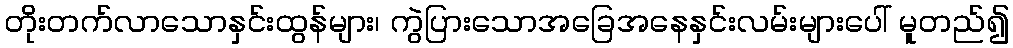
တိုးတက်လာသောနှင်းထွန်များ၊ ကွဲပြားသောအခြေအနေနှင်းလမ်းများပေါ် မူတည်၍